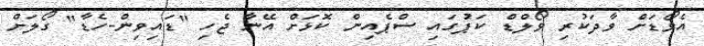
އެވޯޑަށް ވާދަކުރި ވޯލްޑް ކަޕުގައި ސްޕެއިން ކޮޅަށް އޭނާ ޖެހި "ޑައިވިން-ހެޑާ" ގޯލަށް